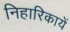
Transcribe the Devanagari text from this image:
निहारिकायें